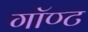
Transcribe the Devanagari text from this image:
गॉण्ट